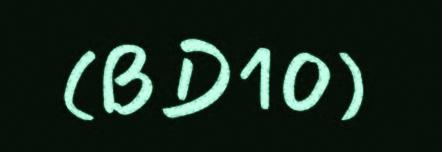
(BD10)